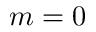
m = 0